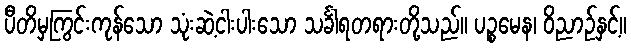
ပီတိမှကြွင်းကုန်သော သုံးဆဲ့ငါးပါးသော သင်္ခါရတရားတို့သည်။ ပဉ္စမေန၊ ဝိညာဉ်နှင့်။